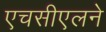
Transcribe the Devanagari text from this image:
एचसीएलने